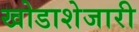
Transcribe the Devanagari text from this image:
खोडाशेजारी